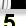
Digit: 5